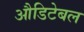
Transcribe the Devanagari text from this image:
औडिटेबल